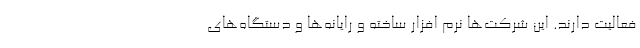
فعالیت دارند. این شرکت‌ها نرم افزار ساخته و رایانه‌ها و دستگاه‌های